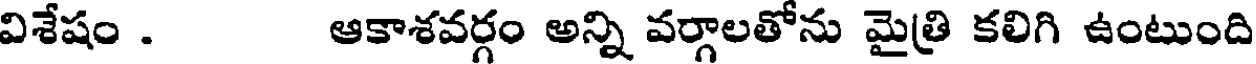
విశేషం . ఆకాశవర్గం అన్ని వర్గాలతోను మైత్రి కలిగి ఉంటుంది